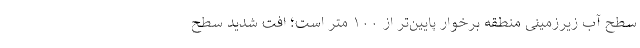
سطح آب زیرزمینی منطقه برخوار پایین‌تر از ۱۰۰ متر است؛ افت شدید سطح